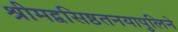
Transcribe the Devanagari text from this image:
श्रीमद्वसिष्ठतनयापुलिने